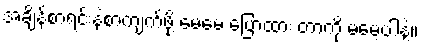
အချိန်စာရင်းနဲ့စာကျက်ဖို့ မေမေ ပြောထား တာကို မမေ့ပါနဲ့။